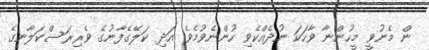
ން މެނުވީ މީހުންނާ ވާހަކަ ނުދެއްކެވި ހުންނެވުމެވެ. އަދި ކަލޭގެފާނުގެ ވެރިރަސްކަލާނގެ